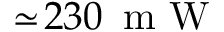
\simeq \! 2 3 0 \ensuremath { \, \mathrm { ~ m ~ W ~ } }